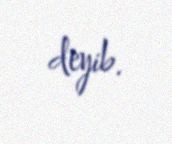
deyib.